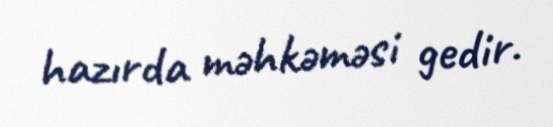
hazırda məhkəməsi gedir.